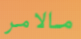
مالامر